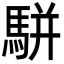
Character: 駢